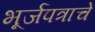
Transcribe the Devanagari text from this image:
भूर्जपत्राचे